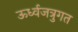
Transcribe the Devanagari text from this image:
ऊर्ध्वजत्रुगत